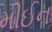
મીઈન